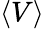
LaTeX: \langle V\rangle